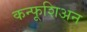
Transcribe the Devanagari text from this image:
कन्फूशिअन